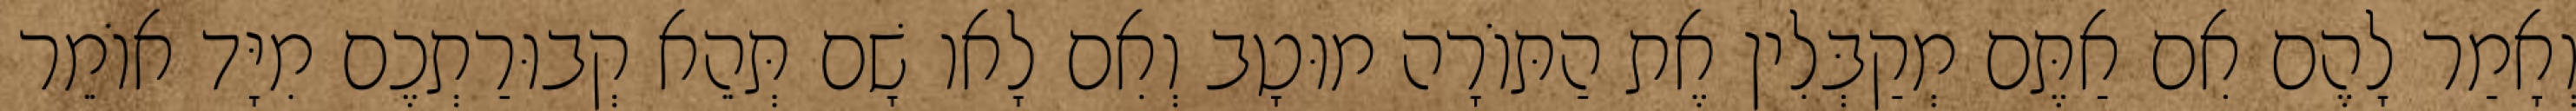
וְאָמַר לָהֶם אִם אַתֶּם מְקַבְּלִין אֶת הַתּוֹרָה מוּטָב וְאִם לָאו שָׁם תְּהֵא קְבוּרַתְכֶם מִיָּד אוֹמֵר